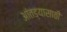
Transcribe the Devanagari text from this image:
आंतड्यासाठी